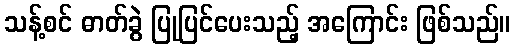
သန့်စင် ဓာတ်ခွဲ ပြုပြင်ပေးသည့် အကြောင်း ဖြစ်သည်။